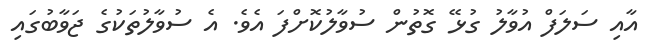
އާއި ސަލަފް އުވާލު ގުޅޭ ގޮތުން ސުވާލުކޮށްފަ އެވެ. އެ ސުވާލުތަކުގެ ޖަވާބުގައި